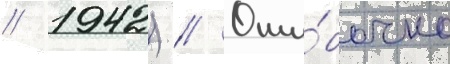
// 1942) // Оши́бочно